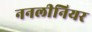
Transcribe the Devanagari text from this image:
ननलीनियर